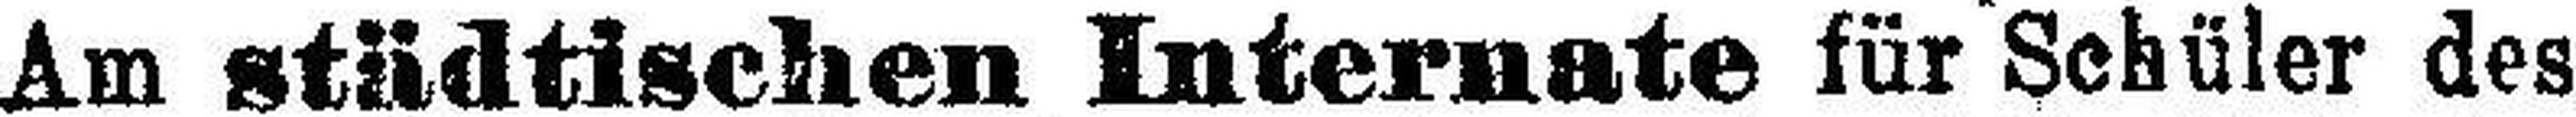
Am städtischen Internate für Schüler des